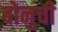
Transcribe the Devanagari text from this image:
बोनुची